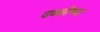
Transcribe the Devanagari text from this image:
उबळीच्या